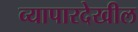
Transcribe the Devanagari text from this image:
व्यापारदेखील